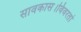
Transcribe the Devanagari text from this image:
सावकास।विवरतां